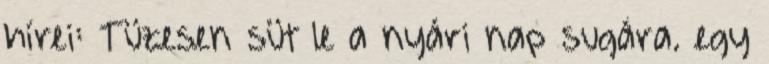
hírei: Tüzesen süt le a nyári nap sugára. egy